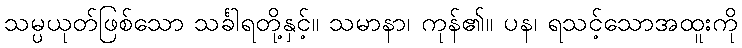
သမ္ပယုတ်ဖြစ်သော သင်္ခါရတို့နှင့်။ သမာနာ၊ ကုန်၏။ ပန၊ ရသင့်သောအထူးကို